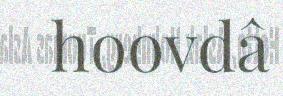
hoovdâ